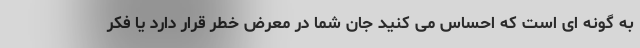
به گونه ای است که احساس می کنید جان شما در معرض خطر قرار دارد یا فکر